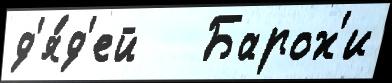
д'я́д'ей   Барох'и